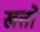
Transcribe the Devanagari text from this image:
खत्तों